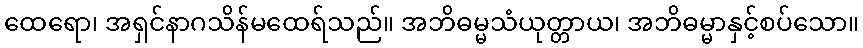
ထေရော၊ အရှင်နာဂသိန်မထေရ်သည်။ အဘိဓမ္မသံယုတ္တာယ၊ အဘိဓမ္မာနှင့်စပ်သော။